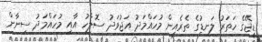
ޑީޖޭގެ ހަތަރު ލަނޑުގެ ތެރެއިން މުހައްމަދު އަޖުވަދު ސޮލާހު އާއި މުހައްމަދު ސިނާން